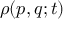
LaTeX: \rho ( p , q ; t )